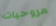
مروحيات